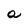
Character: a